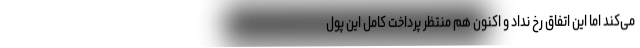
می‌کند اما این اتفاق رخ نداد و اکنون هم منتظر پرداخت کامل این پول